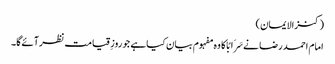
(کنزالایمان)
امام احمد رضا نےسَرَابًا کا وہ مفہوم بیان کیاہے جو روزِقیامت نظرآئےگا۔